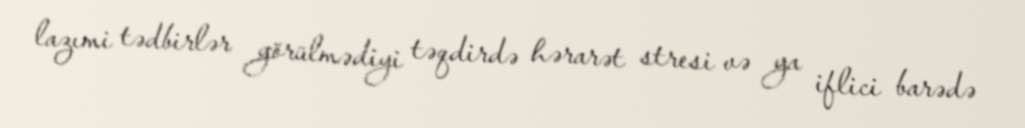
lazımi tədbirlər görülmədiyi təqdirdə hərarət stresi və ya iflici barədə